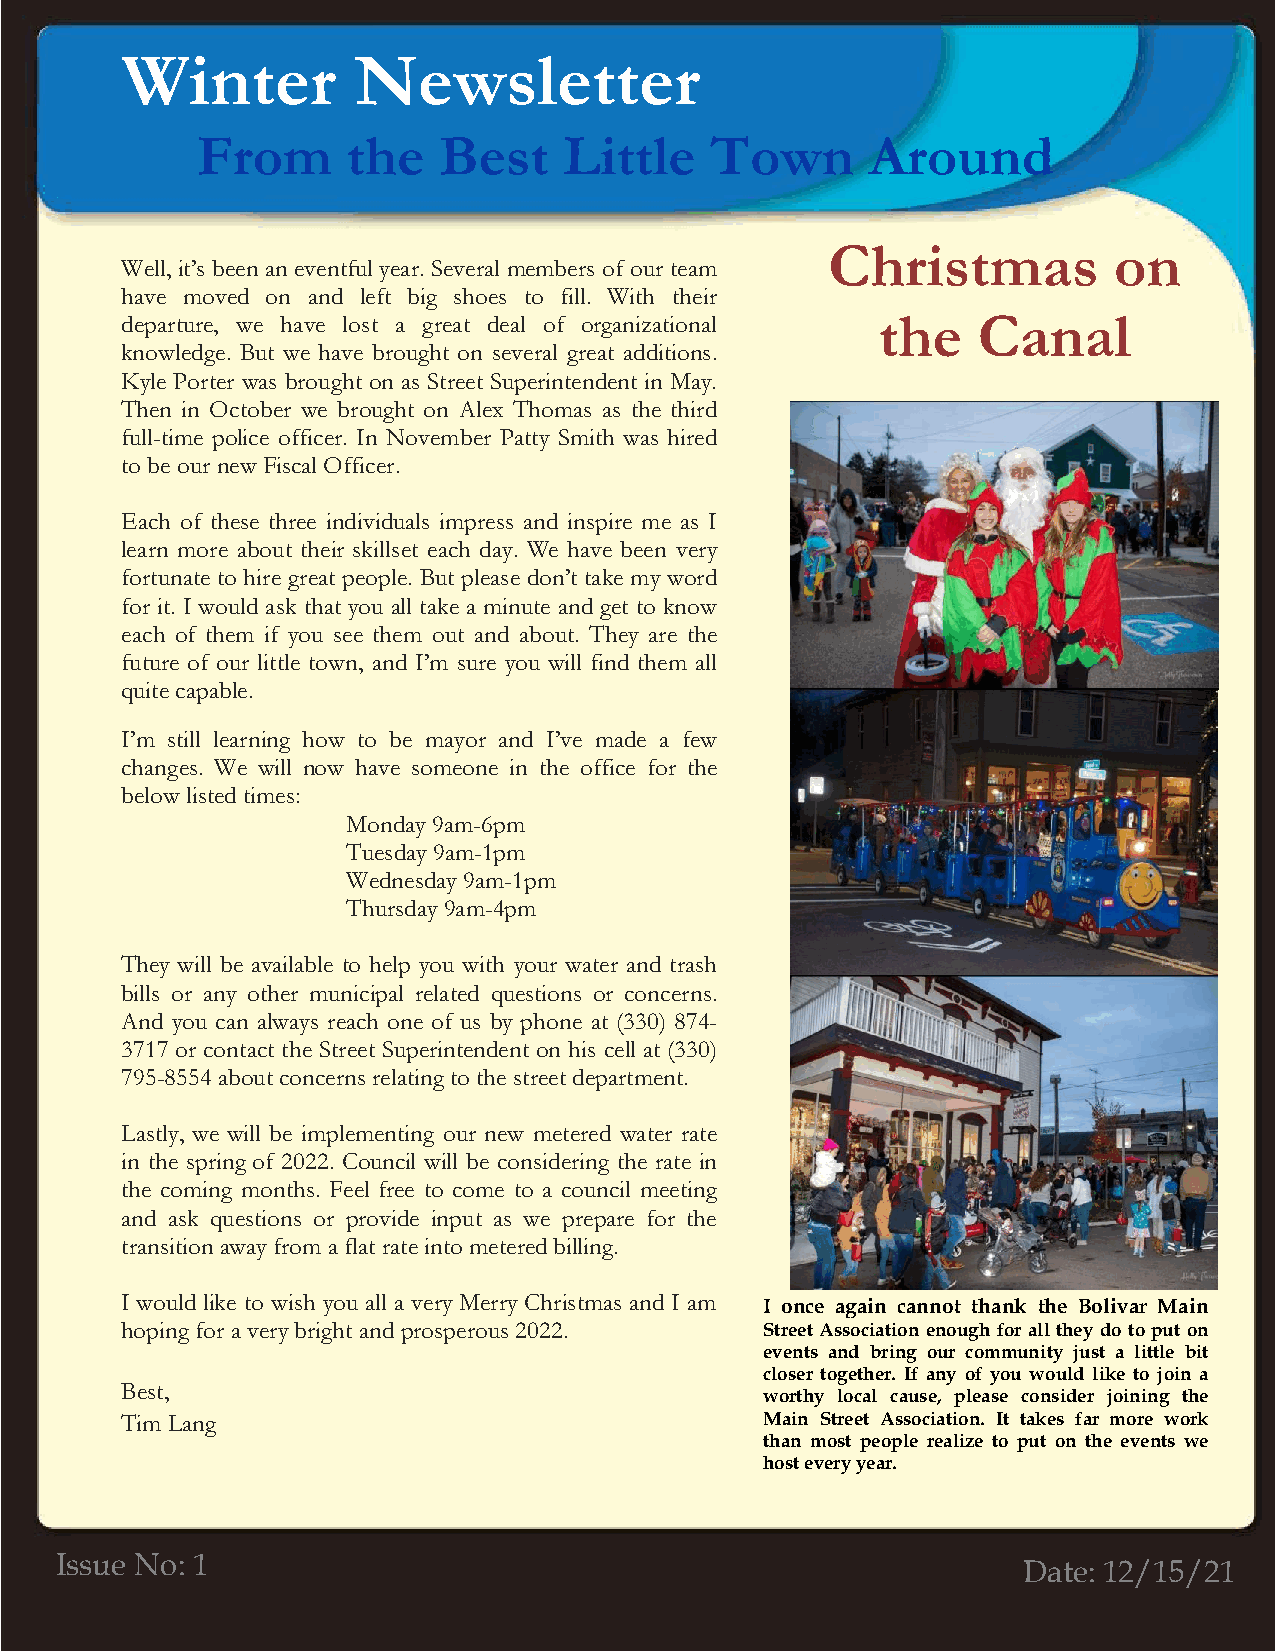
Winter         Newsletter
 From      the   Best    Little    Town       Around
 V
 Christmas          on
 Well, it’s been an eventful year. Several members of our team
 have moved on and left big shoes to fill. With their
 departure, we have lost a great deal of organizational the Canal
 knowledge. But we have brought on several great additions.
 Kyle Porter was brought on as Street Superintendent in May.
 Then in October we brought on Alex Thomas as the third
 full-time police officer. In November Patty Smith was hired
 to be our new Fiscal Officer.
 Each of these three individuals impress and inspire me as I
 learn more about their skillset each day. We have been very
 fortunate to hire great people. But please don’t take my word
 for it. I would ask that you all take a minute and get to know
 each of them if you see them out and about. They are the
 future of our little town, and I’m sure you will find them all
 quite capable.
 I’m still learning how to be mayor and I’ve made a few
 changes. We will now have someone in the office for the
 below listed times:
 Monday 9am-6pm
 Tuesday 9am-1pm
 s            Wednesday 9am-1pm
 Thursday 9am-4pm
 They will be available to help you with your water and trash
 bills or any other municipal related questions or concerns.
 And you can always reach one of us by phone at (330) 874-
 3717 or contact the Street Superintendent on his cell at (330)
 795-8554 about concerns relating to the street department.
 Lastly, we will be implementing our new metered water rate
 in the spring of 2022. Council will be considering the rate in
 the coming months. Feel free to come to a council meeting
 and ask questions or provide input as we prepare for the
 transition away from a flat rate into metered billing.
 I would like to wish you all a very Merry Christmas and I am I once again cannot thank the Bolivar Main
 hoping for a very bright and prosperous 2022. Stre et Association enough for all they do to put on
 events and bring our community just a little bit
 closer together. If any of you would like to join a
 Best,
 worthy local cause, please consider joining the
 T im Lang                                  Main Street Association. It takes far more work
 than most people realize to put on the events we
 host every year.
 Issue No: 1
 Date: 12/15/21